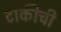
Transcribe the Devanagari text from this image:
टाकीची